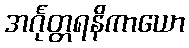
အင်္ဂုတ္တရနိကာယော